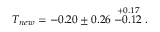
T _ { n e w } = - 0 . 2 0 \pm 0 . 2 6 \stackrel { + 0 . 1 7 } { - 0 . 1 2 } .